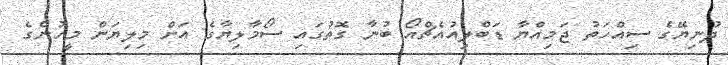
ދުނިޔޭގެ ސިއްހަތު ޖަމިއްޔާ ޑަބްލިއުއެޗްއޯ ބުނާ ގޮތުގައި ސޯމާލިޔާގެ އަށް މިލިޔަން މީހުންގެ